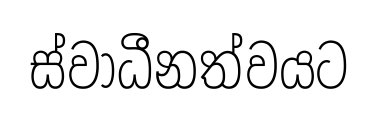
ස්වාධීනත්වයට